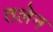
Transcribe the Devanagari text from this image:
तलेन